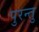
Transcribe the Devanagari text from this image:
पुरन्तु